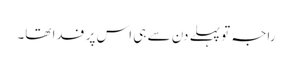
راجہ تو پہلے دن سے ہی اس پر فدا تھا۔